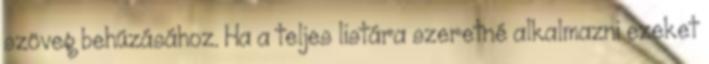
szöveg behúzásához. Ha a teljes listára szeretné alkalmazni ezeket